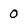
Character: 0